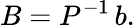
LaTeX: B=P^{-1}\, b.